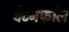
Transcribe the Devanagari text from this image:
वेटनफॉल